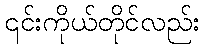
၎င်းကိုယ်တိုင်လည်း